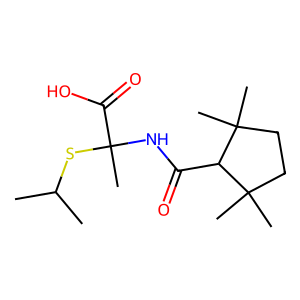
SMILES: CC(C)SC(C)(NC(=O)C1C(C)(C)CCC1(C)C)C(=O)O
Inhibits HIV replication: No